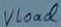
Text: Vload